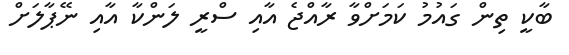
ބާކީ ތިން ގައުމު ކަމަށްވާ ރާއްޖެ އާއި ސްރީ ލަންކާ އާއި ނޭޕާލަށް